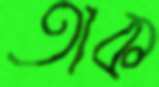
তাক